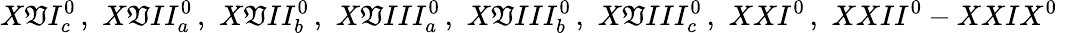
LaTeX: X\mathfrak{V}I_{c}^{0}\, ,\, \, X\mathfrak{V}II_{a}^{0}\, ,\, \, X\mathfrak{V}II_{b}^{0}\, ,\, \, X\mathfrak{V}III_{a}^{0}\, ,\, \, X\mathfrak{V}III_{b}^{0}\, ,\, \, X\mathfrak{V}III_{c}^{0}\, ,\, \, XXI^{0}\, ,\, \, XXII^{0}-XXIX^{0}\, \,